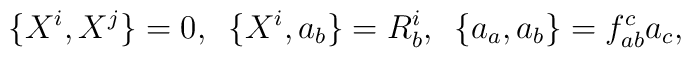
\{X^i,X^j\} = 0, \,\,\, \{X^i, a_b\} = R^i_b, \,\,\, \{a_a,                a_b\} = f_{ab}^c a_c,